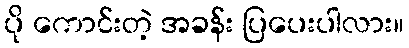
ပို ကောင်းတဲ့ အခန်း ပြပေးပါလား။